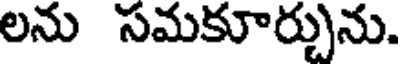
లను సమకూర్చును.